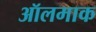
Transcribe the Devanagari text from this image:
ऑलमाक